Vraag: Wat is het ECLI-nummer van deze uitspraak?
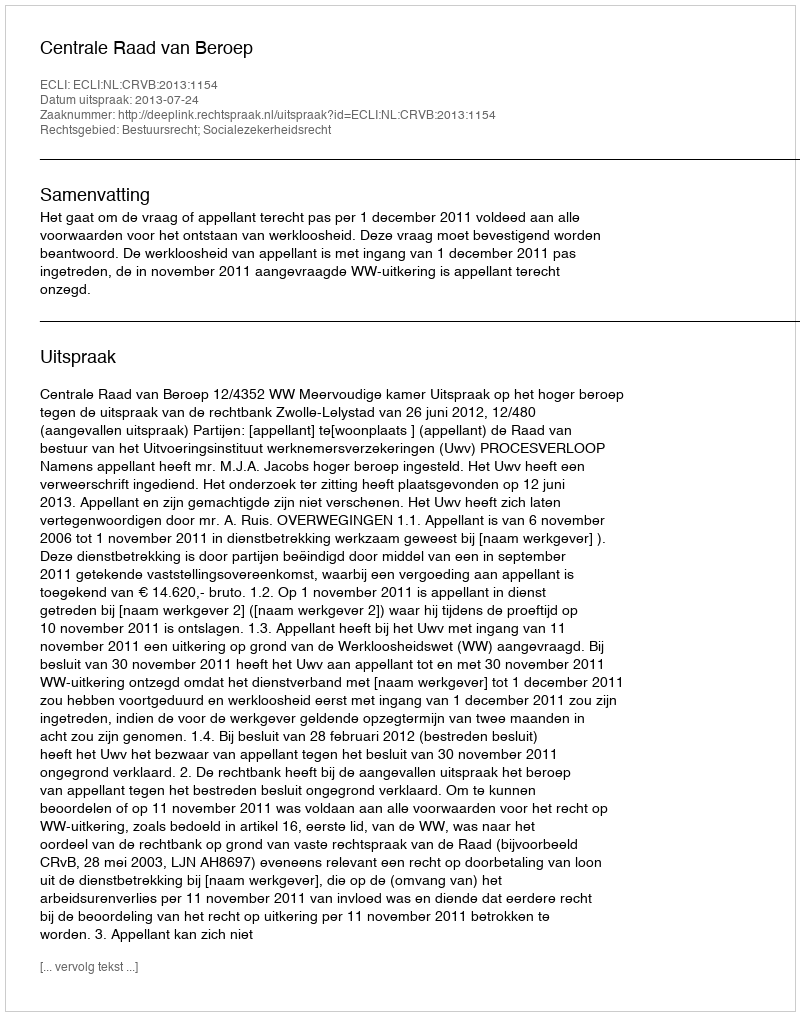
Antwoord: ECLI:NL:CRVB:2013:1154